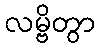
လမ္ဗိတွာ